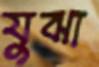
যুঝা